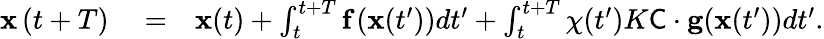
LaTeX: \begin{array}{rlr}{\textbf{x}\left(t+T\right)}&{{}=}&{\textbf{x}(t)+\int_{t}^{t+T}\textbf{f}\left(\textbf{x}(t^{\prime})\right)dt^{\prime}+\int_{t}^{t+T}{\chi}(t^{\prime})K\textsf{C}\cdot\mathbf{g}(\textbf{x}(t^{\prime}))dt^{\prime}.}\end{array}